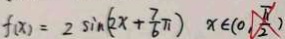
f ( x ) = 2 \sin ( 2 x + \frac { 7 } { 6 } \pi ) x \in ( 0 \sqrt { \frac { \pi } { 2 } } )